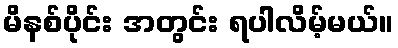
မိနစ်ပိုင်း အတွင်း ရပါလိမ့်မယ်။